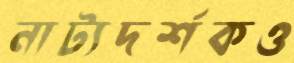
নাট্যদর্শকও